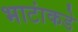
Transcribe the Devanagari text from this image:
भाटांकडे